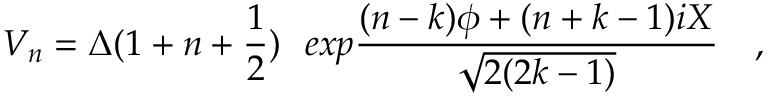
V _ { n } = \Delta ( 1 + n + { \frac { 1 } { 2 } } ) ~ ~ e x p { \frac { ( n - k ) \phi + ( n + k - 1 ) i X } { \sqrt { 2 ( 2 k - 1 ) } } } \quad ,